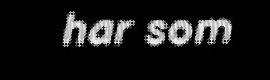
har som